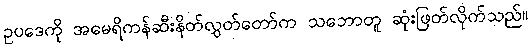
ဥပဒေကို အမေရိကန်ဆီးနိတ်လွှတ်တော်က သဘောတူ ဆုံးဖြတ်လိုက်သည်။